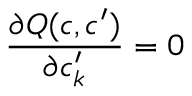
\frac { \partial Q ( c , c ^ { \prime } ) } { \partial c _ { k } ^ { \prime } } = 0